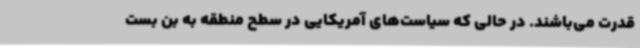
قدرت می‌باشند. در حالی که سیاست‌های آمریکایی در سطح منطقه به بن بست